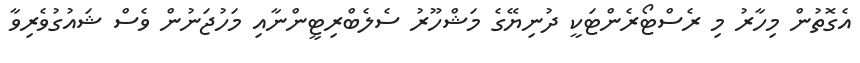
އެގޮތުން މިހާރު މި ރެސްޓޯރެންޓަކީ ދުނިޔޭގެ މަޝްހޫރު ސެލެބްރިޓީންނާއި މަހުޖަނުން ވެސް ޝައުގުވެރިވާ